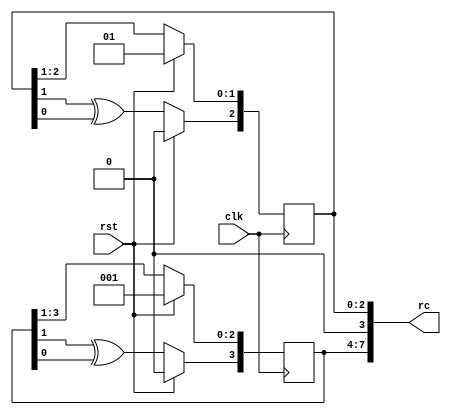
module craft_round_constants (
    input clk,
    input rst,
    output [7:0] rc
);


  reg [3:0] a = 4'h1;
  reg [2:0] b = 3'h1;

  always @(posedge clk)
    if (rst) a <= 4'h1;
    else  begin
      a[2:0] <= a[3:1];
      a[3]   <= a[1] ^ a[0];
    end

  always @(posedge clk)
    if (rst) b <= 3'h1;
    else begin
      b[1:0] <= b[2:1];
      b[2]   <= b[1] ^ b[0];
    end

  assign rc = {a, 1'b0, b};

endmodule  //craft_round_constants